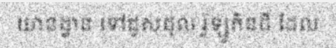
យានដ្ឋាន ទៅជួសជុល រ៉ូឡូកិនដី ដែល